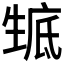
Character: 𤯰